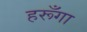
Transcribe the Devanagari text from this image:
हरूँगा